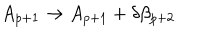
A _ { p + 1 } \rightarrow A _ { p + 1 } + \delta \beta _ { p + 2 }